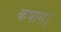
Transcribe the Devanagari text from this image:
कपास।